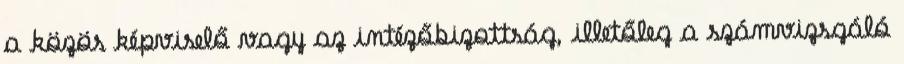
a közös képviselő vagy az intézőbizottság, illetőleg a számvizsgáló